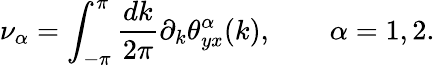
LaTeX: \nu_{\alpha}=\int_{-\pi}^{\pi}\frac{dk}{2\pi}\partial_{k}\theta_{yx}^{\alpha}(k),\qquad\alpha=1,2.